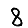
Digit: 8